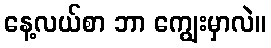
နေ့လယ်စာ ဘာ ကျွေးမှာလဲ။